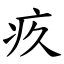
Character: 疚